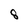
Character: 8